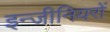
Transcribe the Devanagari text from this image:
इन्जीनियरों